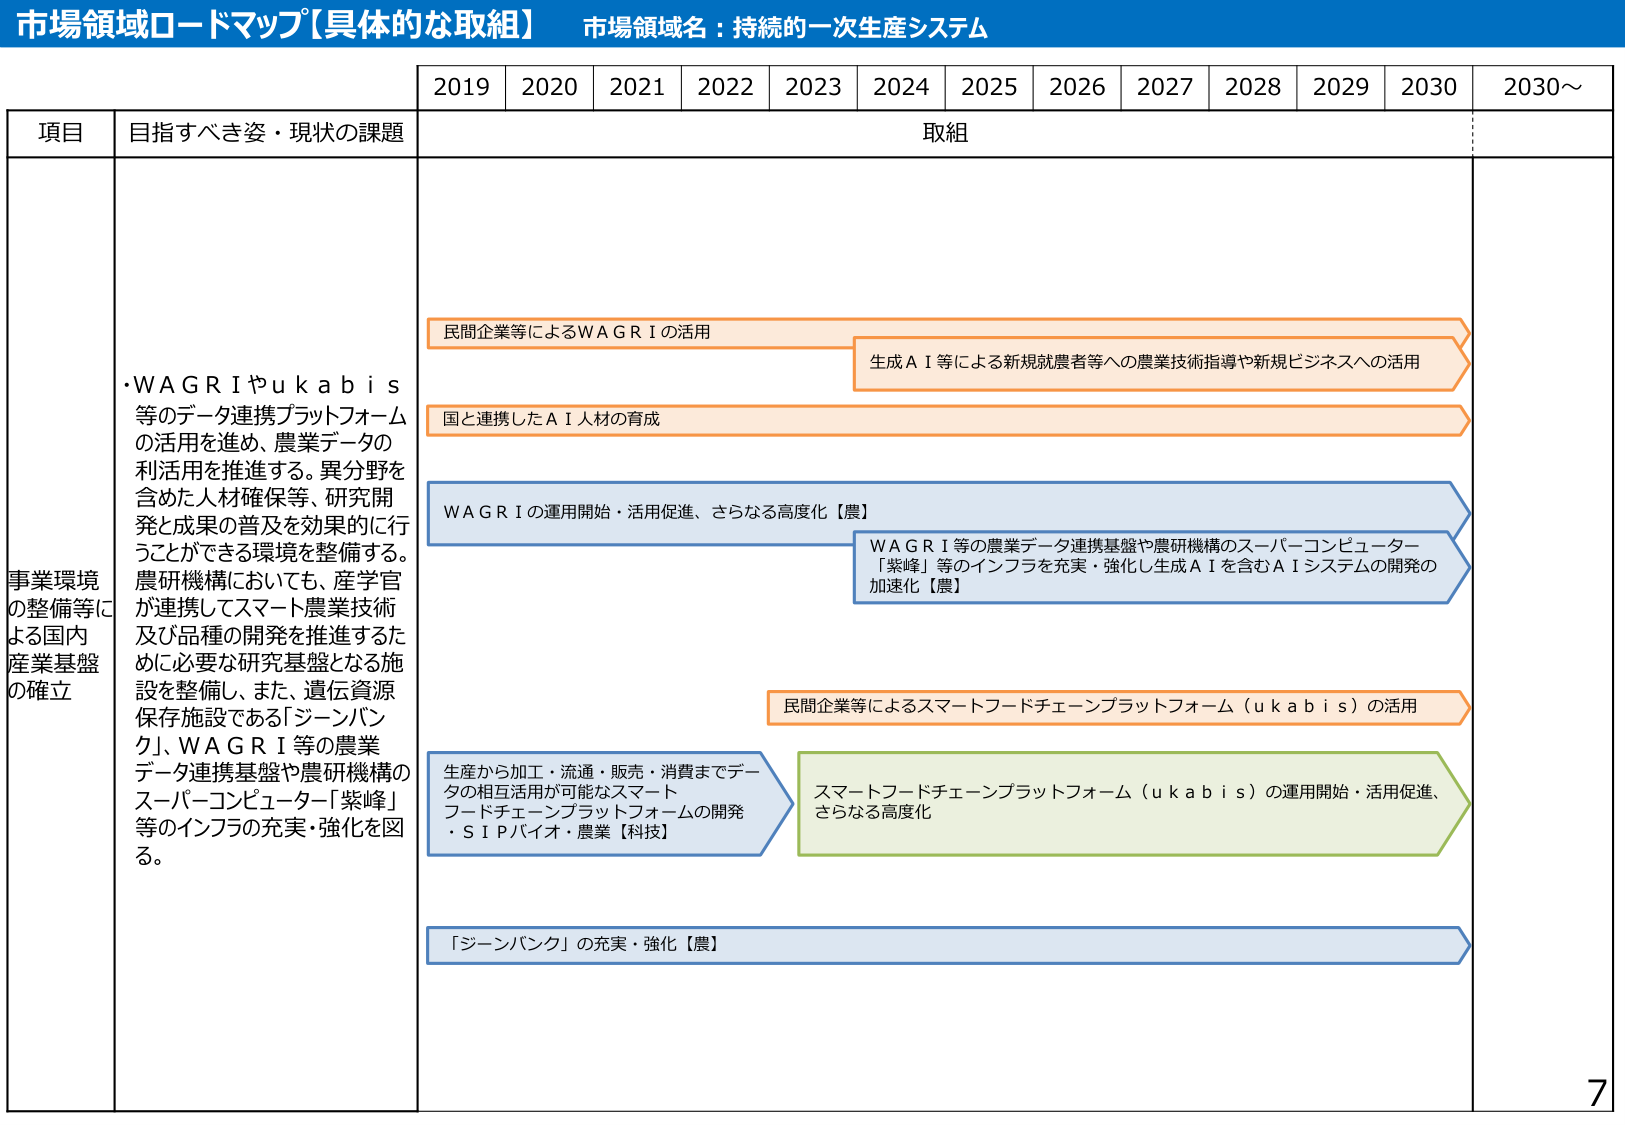
市場領域ロードマップ【具体的な取組】 市場領域名：持続的⼀次⽣産システム

2019 2020 2021 2022 2023 2024 2025 2026 2027 2028 2029 2030 2030～

項⽬ ⽬指すべき姿・現状の課題 取組

事業環境 の整備等に よる国内 産業基盤 の確⽴

・WAGRIやukabis 等のデータ連携プラットフォーム の活⽤を進め、農業データの 利活⽤を推進する。異分野を 含めた⼈材確保等、研究開 発と成果の普及を効果的に行 うことができる環境を整備する。 農研機構においても、産学官 が連携してスマート農業技術 及び品種の開発を推進するた めに必要な研究基盤となる施 設を整備し、また、遺伝資源 保存施設である「ジーンバン ク」、WAGRI等の農業 データ連携基盤や農研機構の スーパーコンピューター「紫峰」 等のインフラの充実・強化を図 る。

⺠間企業等によるWAGRIの活⽤

⽣成AI等による新規就農者等への農業技術指導や新規ビジネスへの活⽤

国と連携したAI⼈材の育成

WAGRIの運⽤開始・活⽤促進、さらなる⾼度化【農】

WAGRI等の農業データ連携基盤や農研機構のスーパーコンピューター 「紫峰」等のインフラを充実・強化し⽣成AIを含むAIシステムの開発の 加速化【農】

⺠間企業等によるスマートフードチェーンプラットフォーム（ukabis）の活⽤

⽣産から加⼯・流通・販売・消費までデータの相互活⽤が可能なスマート フードチェーンプラットフォームの開発 ・SIPバイオ・農業【科技】

スマートフードチェーンプラットフォーム（ukabis）の運⽤開始・活⽤促進、 さらなる⾼度化

「ジーンバンク」の充実・強化【農】

7